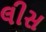
લીસ